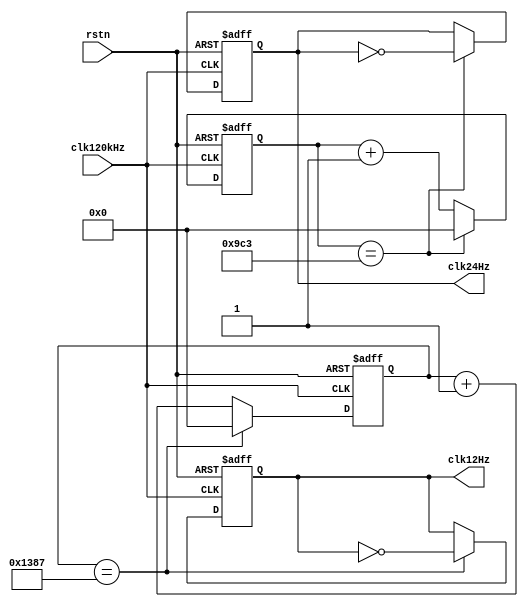
module Clock_Divider(
    clk120kHz,
    rstn,
    clk12Hz,
    clk24Hz
);

input clk120kHz;
input rstn;
output reg clk12Hz;
output reg clk24Hz;
reg [15:0] cnt5k;
reg [15:0] cnt2k5;

always@(posedge clk120kHz or negedge rstn)begin
    if(!rstn)begin
        clk12Hz<=0;
        cnt5k<=0;
    end
    else begin
        if(cnt5k==13'd4999)begin
            cnt5k<=0;
            clk12Hz<=~clk12Hz;
        end
        else begin
            cnt5k<=cnt5k+1;
        end
    end
end

always@(posedge clk120kHz or negedge rstn)begin
    if(!rstn)begin
        clk24Hz<=0;
        cnt2k5<=0;
    end
    else begin
        if(cnt2k5==2499)begin
            cnt2k5<=0;
            clk24Hz<=~clk24Hz;
        end
        else begin
            cnt2k5<=cnt2k5+1;
        end
    end
end

endmodule